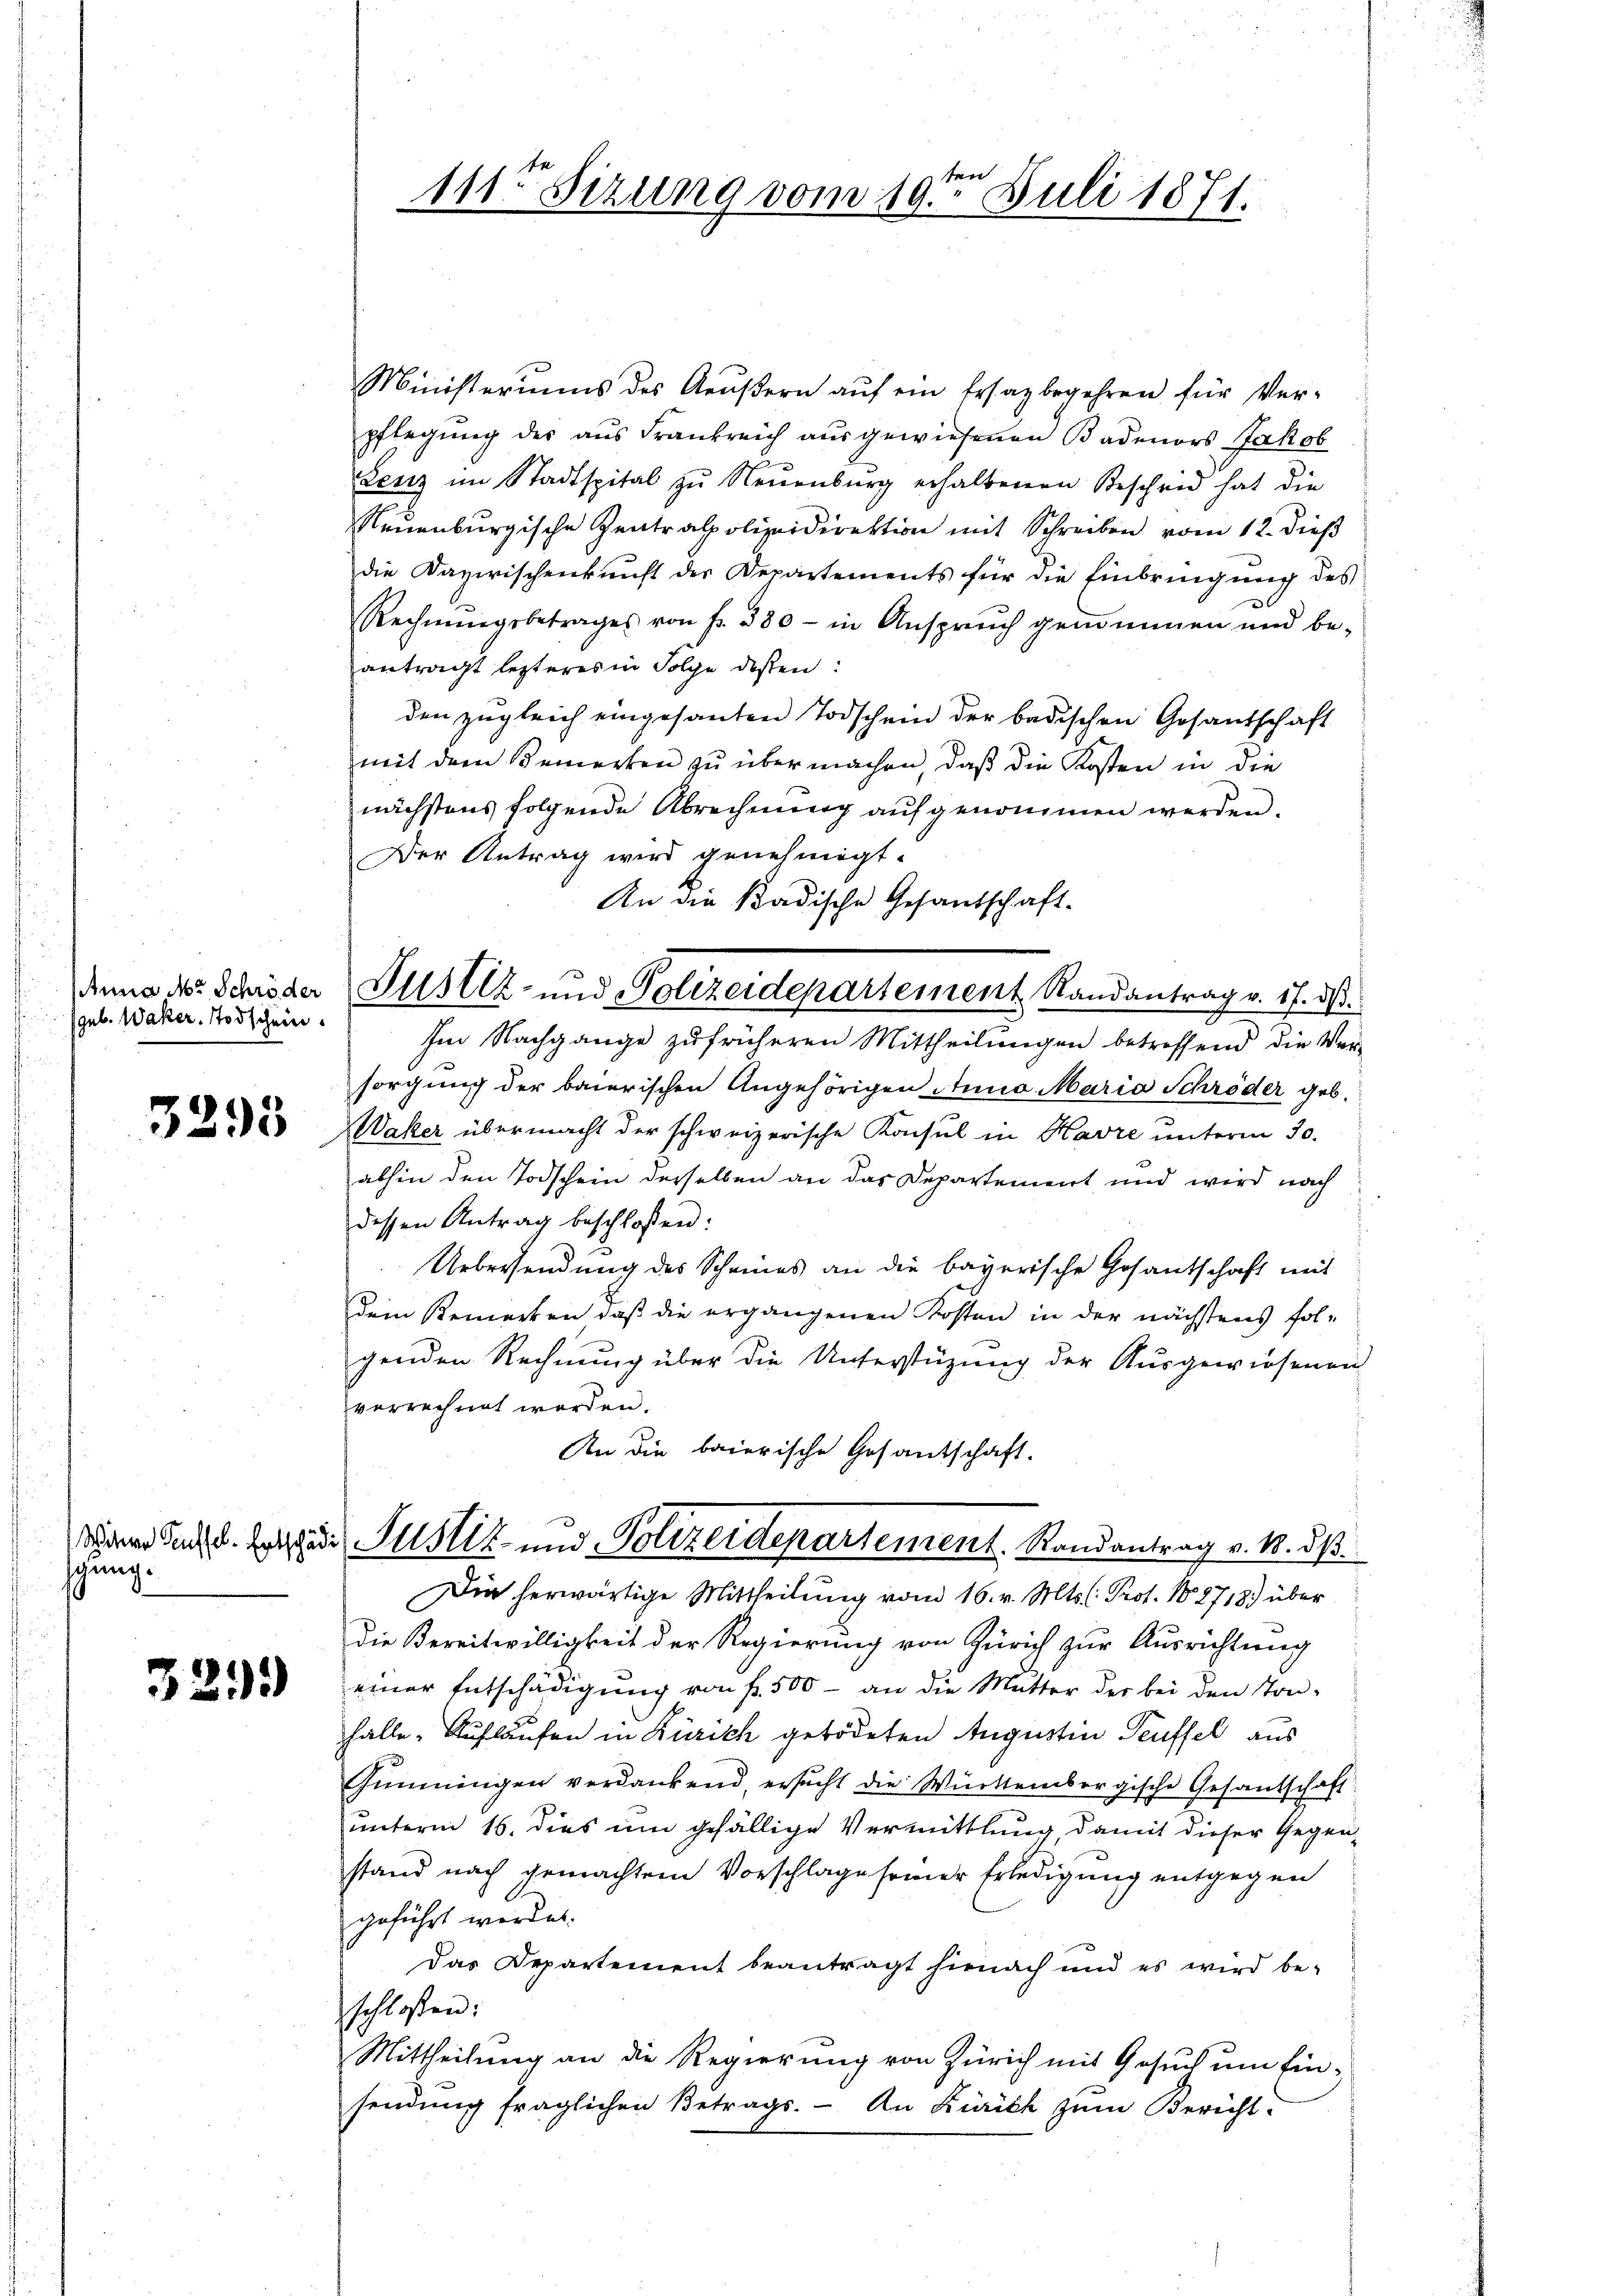
Anna M. Schröder
(geb. Waker. Todschein.

3295

schung.

329)

111ten Sizung vom 19ten Juli 1871.

Justiz- und Polizeidepartement Randantrag v. 17. ds.

Ministeriums des Aeußern auf ein Ersatz begehren für Ver-
pflegŭng des aus Frankreich aŭsgewiesenen Badenors Jakob
Lenz im Stadtspital zu Neuenburg erhaltenen Bescheid hat die
Neuenburgische Zentralpolizeidirektion mit Schreiben vom 12. dieß
die Dazwischenkunft des Departements für die Einbringung des
Rechnŭngsbetrages von fr. 380 - in Ansprŭch genommen und be-
antragt lezteres in Folge dessen:
den zugleich eingesanten Todschein der badischen Gesandschaft
mit dem Bemerken zu übermachen, daß die Kosten in die
nächstens folgende Abrechnung aufgenommen werden.
Der Antrag wird genehmigt.
An die Kadische Gesandschaft-
Im Nachgange zufrüheren Mittheilungen betreffend die Versorgung der baierischen Angehörigen Anna Maria Schröder geb.
Waser übermacht der schweizerische Konsul in Havre unterm 30.
abhin den Todschein derselben an das Departement und wird nach
dessen Antrag beschlossen:
Uebersendung des Scheines an die bayerische Gesantschaft mit
dem Bemerken, daß die ergangenen Kosten in der nächstens fol-
genden Rechnung über die Unterstüzung der Ausgewiesenen
verrechnet werden.
An die baierische Gesandschaft.
sanen Rath d. Jetzter Justiz und Polizeidepartement. Randantrag v. M. dß
Die herwärtige Mittheilung vom 16. v. Mts. (: Prof. N. 2713.) über
die Bereitwilligkeit der Regierung von Zürich zur Ausrichtung
einer Entschädigung von fr. 500 - an die Mutter der bei den Ston-
hälle. Auflaufen in Zürich getödeten Augustin Teuffel aus
Gimmigen verdankend, ersucht die Württembergische Gesantschaft
unterm 16. dies um gefällige Vermittlung, damit dieser Gegenstand nach gemachtem Vorschlage seiner Erledigung entgegen
geführt worden.
Das Departement beantragt hienach und es wird be-
sschlossen:
Mittheilung an die Regierung von Zürich mit Gesuch um Einsendŭng fraglichen Betrags. An Zürich zŭm Bericht: